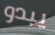
يبدو